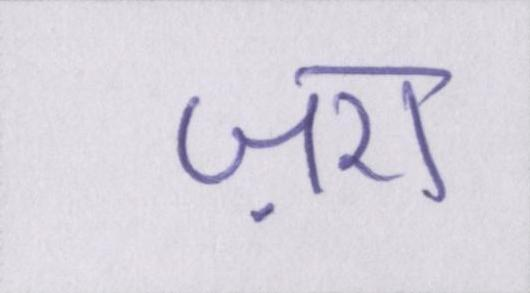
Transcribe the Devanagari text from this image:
ज़रा